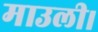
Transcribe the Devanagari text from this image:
माउली।